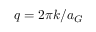
q = 2 \pi k / a _ { G }